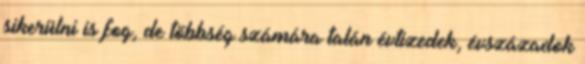
sikerülni is fog, de többség számára talán évtizedek, évszázadok